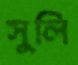
সুলি